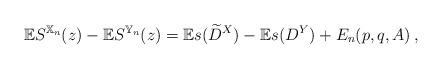
LaTeX: \begin{align*}\mathbb{E}S^{\mathbb{X}_{n}}(z)-\mathbb{E}S^{\mathbb{Y}_{n}}(z)=\mathbb{E}s({\widetilde{D}}^{X})-\mathbb{E}s(D^{Y})+E_{n}(p,q,A)\,,\end{align*}